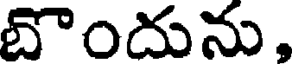
బొందును,